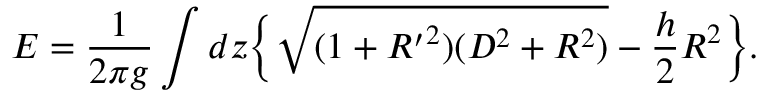
E = \frac { 1 } { 2 \pi g } \int d z \bigg \{ \sqrt { ( 1 + { R ^ { \prime } } ^ { 2 } ) ( D ^ { 2 } + R ^ { 2 } ) } - \frac { h } { 2 } R ^ { 2 } \bigg \} .